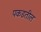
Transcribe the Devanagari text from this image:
पकडतील